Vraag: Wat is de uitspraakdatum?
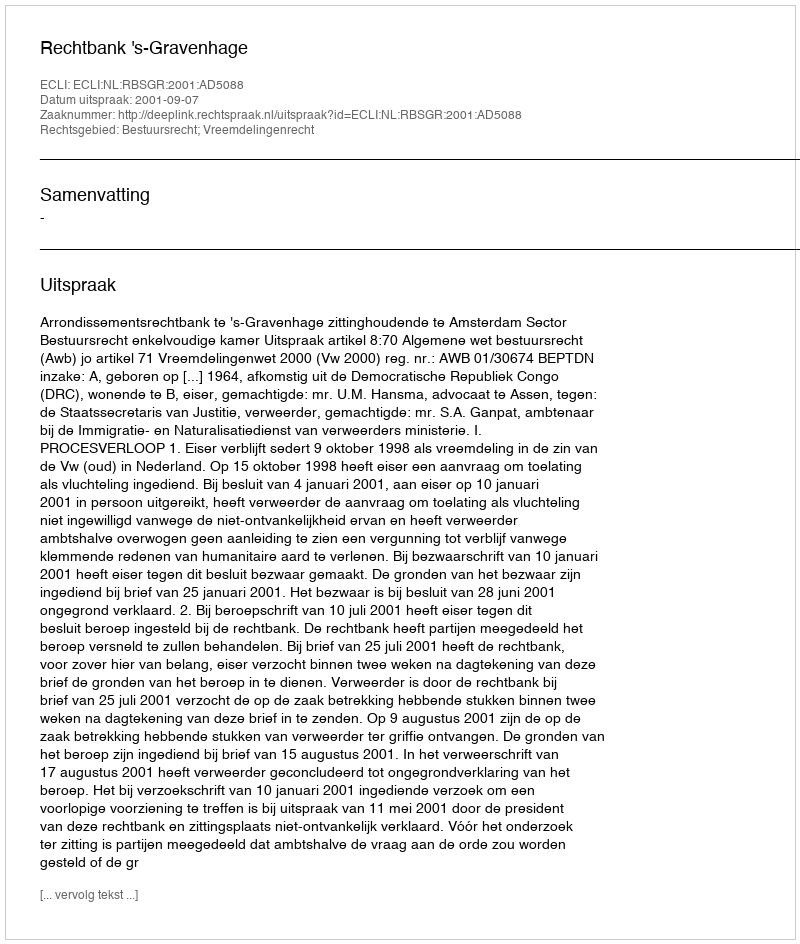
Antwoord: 2001-09-07